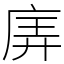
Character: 㢅